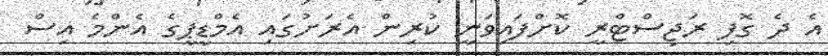
އެ ދެ ގޮފި ރަޖިސްޓްރީ ކޮށްފައިވަނީ ކުރިން އެރަށުގައި އެމްޑީޕީގެ އެންމެ އިސް